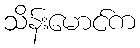
သိန်းမောင်က